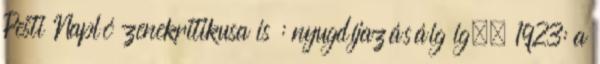
Pesti Napló zenekritikusa is : nyugdíjazásáig ig., 1923: a